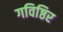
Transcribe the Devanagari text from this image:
गविष्ठिर